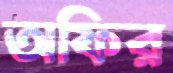
অফির